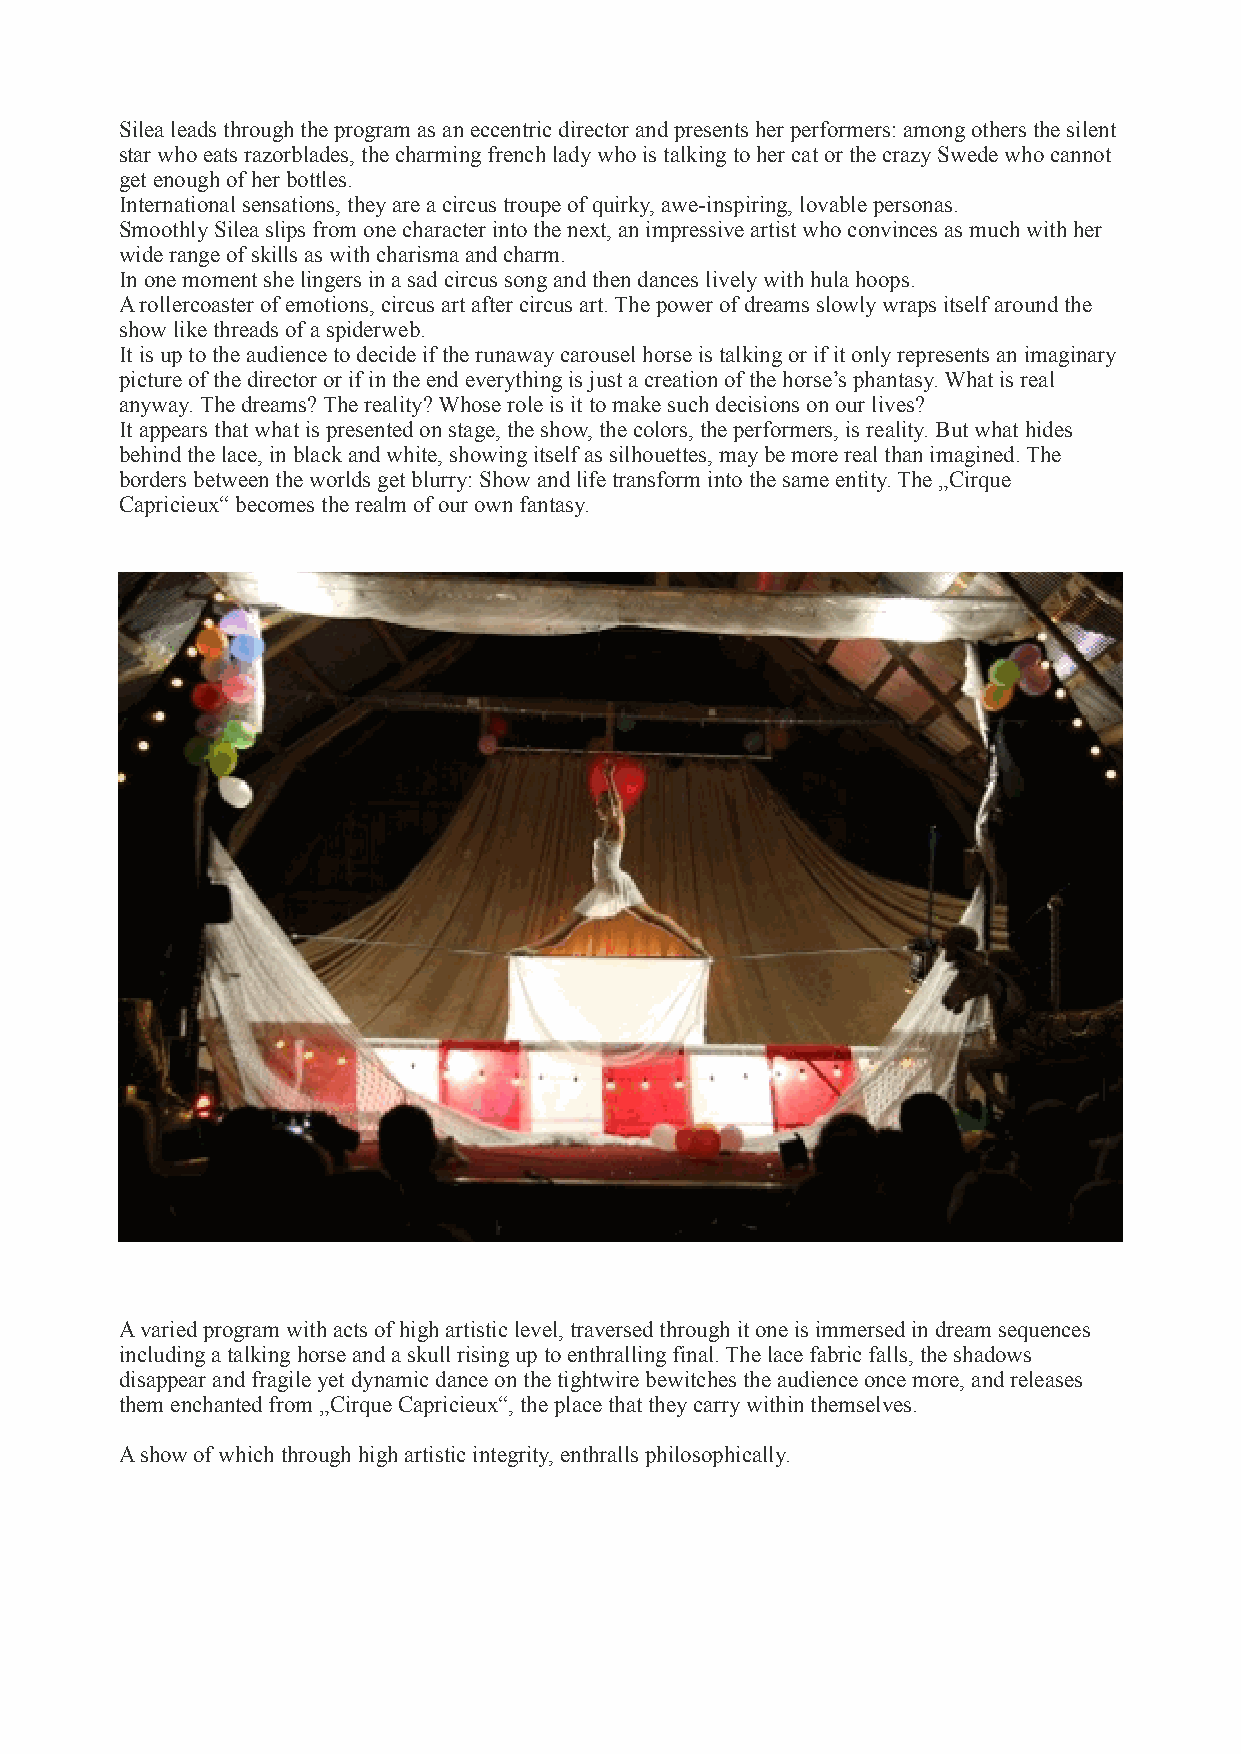
Silea leads through the program as an eccentric director and presents her performers: among others the silent
 star who eats razorblades, the charming french lady who is talking to her cat or the crazy Swede who cannot
 get enough of her bottles.
 International sensations, they are a circus troupe of quirky, awe-inspiring, lovable personas.
 Smoothly Silea slips from one character into the next, an impressive artist who convinces as much with her
 wide range of skills as with charisma and charm.
 In one moment she lingers in a sad circus song and then dances lively with hula hoops.
 A rollercoaster of emotions, circus art after circus art. The power of dreams slowly wraps itself around the
 show like threads of a spiderweb.
 It is up to the audience to decide if the runaway carousel horse is talking or if it only represents an imaginary
 picture of the director or if in the end everything is just a creation of the horse’s phantasy. What is real
 anyway. The dreams? The reality? Whose role is it to make such decisions on our lives?
 It appears that what is presented on stage, the show, the colors, the performers, is reality. But what hides
 behind the lace, in black and white, showing itself as silhouettes, may be more real than imagined. The
 borders between the worlds get blurry: Show and life transform into the same entity. The „Cirque
 Capricieux“ becomes the realm of our own fantasy.
 A varied program with acts of high artistic level, traversed through it one is immersed in dream sequences
 including a talking horse and a skull rising up to enthralling final. The lace fabric falls, the shadows
 disappear and fragile yet dynamic dance on the tightwire bewitches the audience once more, and releases
 them enchanted from „Cirque Capricieux“, the place that they carry within themselves.
 A show of which through high artistic integrity, enthralls philosophically.